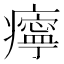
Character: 𤻝